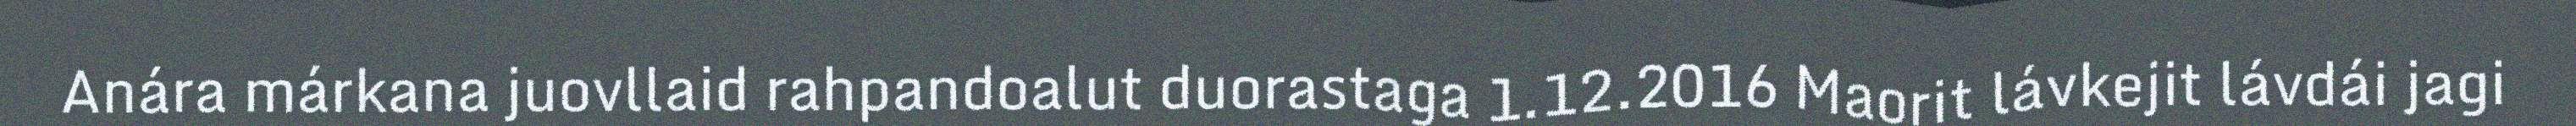
Anára márkana juovllaid rahpandoalut duorastaga 1.12.2016 Maorit lávkejit lávdái jagi